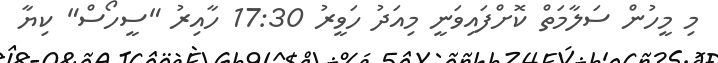
މި މީހުން ސަލާމަތް ކޮށްފައިވަނީ މިއަދު ހަވީރު 17:30 ހާއިރު "ސީހޯސް" ކިޔާ